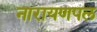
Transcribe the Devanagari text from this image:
नारायणपल